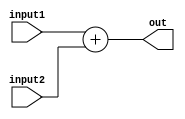
module pc_adder (input1, input2, out);
  input [31:0] input1, input2;
  output [31:0] out;

  assign out = input1 + input2;
endmodule